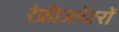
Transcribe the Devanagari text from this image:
रेफ्रीजरेटरों